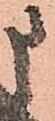
申